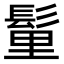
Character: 𩭇